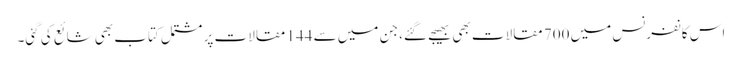
اس کانفرنس میں 700 مقالات بھی بھیجے گئے، جن میں سے 144 مقالات پر مشتمل کتاب بھی شائع کی گئی۔